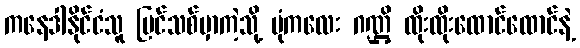
ကနေဒါနိုင်ငံသူ ပြင်သစ်မှာကဲ့သို့ ပုံကလေး ဂဏ္ဌိ ထိုးထိုးထောင်ထောင်နဲ့